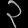
Digit: ၃